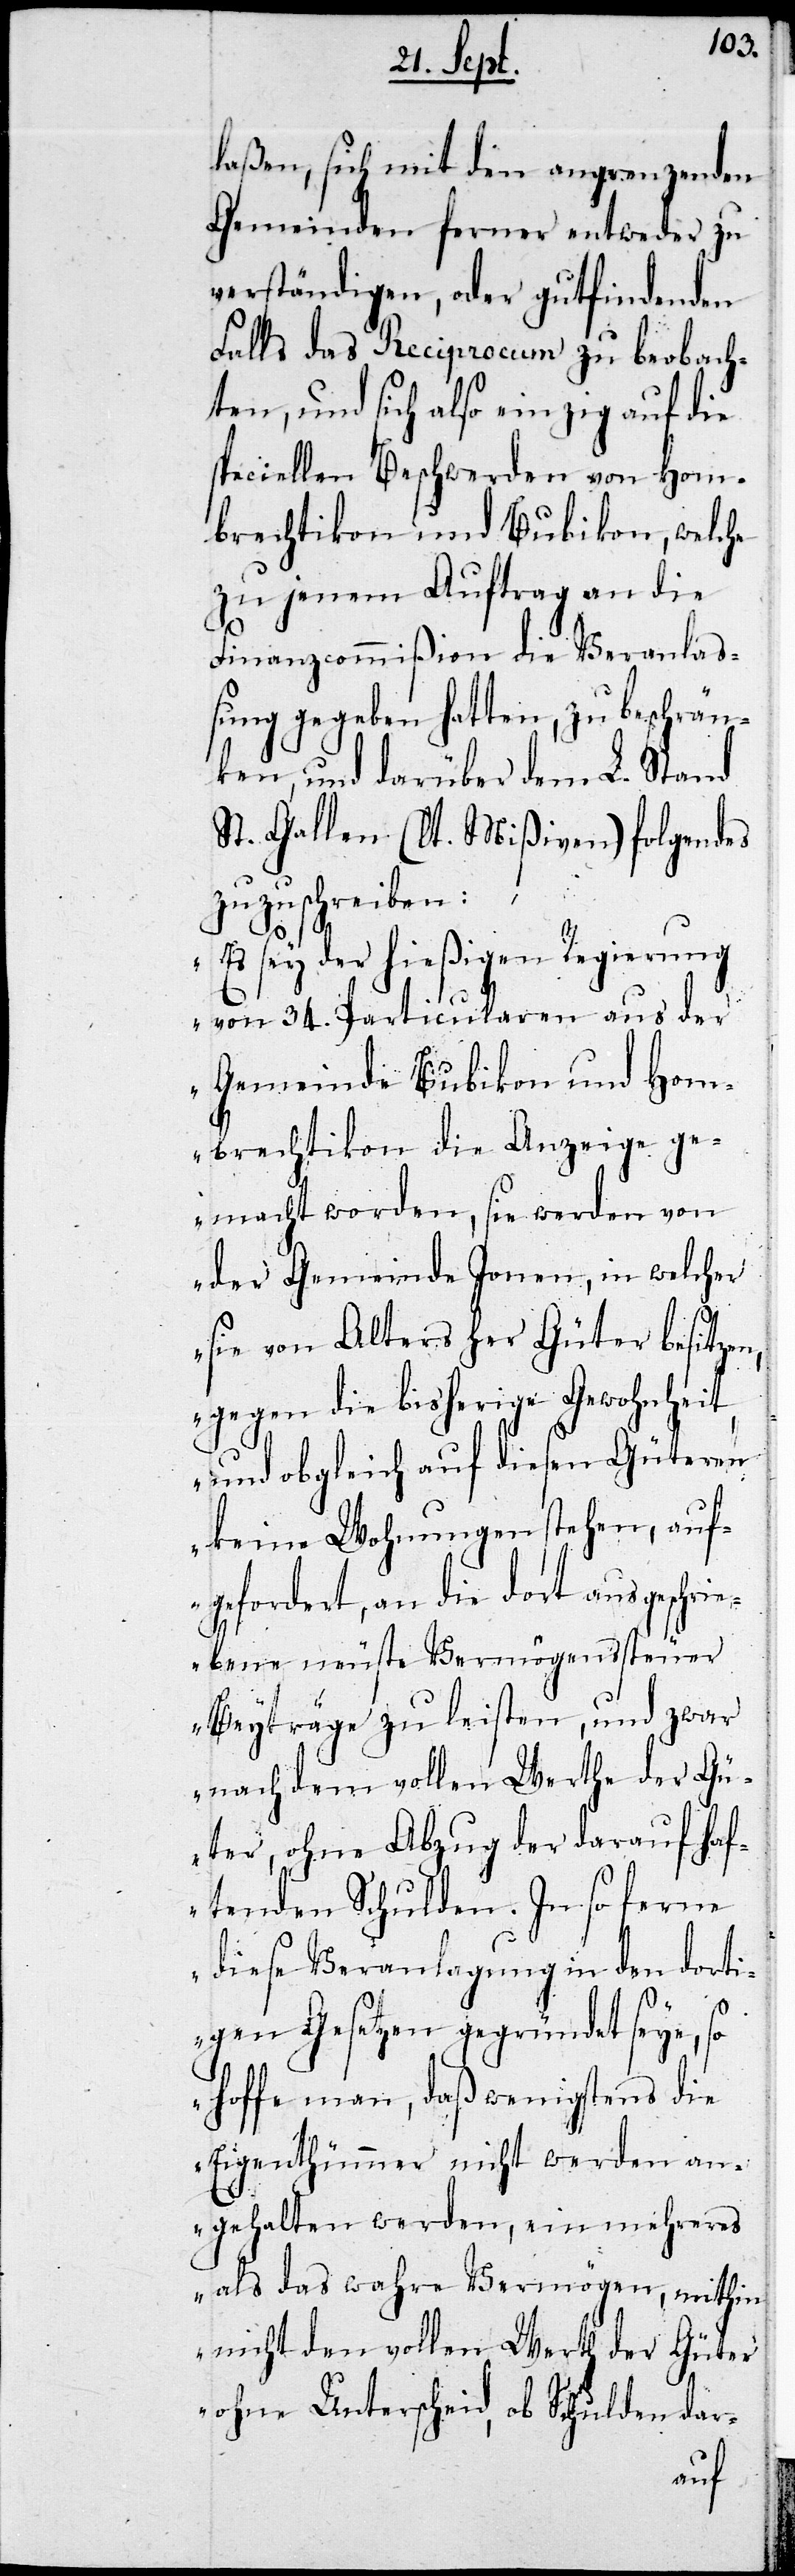
laßen, sich mit den angrenzenden
Gemeinden ferner entweder zu
verständigen, oder gutfindenden
Falls das Reciprocum zu beobach¬
ten, und sich also einzig auf die
speciellen Beschwerden von Hom¬
brechtikon und Bubikon, welche
zu jenem Auftrag an die
Finanzcommißion die Veranlaß¬
ung gegeben hatten, zu beschrän¬
ken, und darüber dem L. Stand
St. Gallen (lt. Mißiven) folgendes
zuzuschreiben:
„Es sey der hießigen Regierung
von 34. Particularen aus der
Gemeinde Bubikon und Hom¬
brechtikon die Anzeige ge¬
macht worden, sie werden von
der Gemeinde Jonen, in welcher
sie von Alters her Güter besitzen,
gegen die bisherige Gewohnheit
und obgleich auf diesen Güteren
keine Wohnungen stehen, auf¬
gefordert, an die dort ausgeschri¬
ebene neuste Vermögenssteuer
Beyträge zu leisten, und zwar
nach dem vollen Werthe der Gü¬
ter, ohne Abzug der darauf ha¬
ftenden Schulden. In so ferne
diese Veranlagung in den dorti¬
gen Gesetzen gegründet seye, so
hoffe man, daß wenigstens die
Eigenthümmer nicht werden an¬
gehalten werden, ein mehreres
als das wahre Vermögen, mithin
nicht den vollen Werth der Güter
ohne Unterschied, ob Schulden dar-